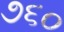
૭૬૦